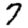
Digit: 7